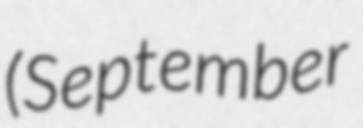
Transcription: (September